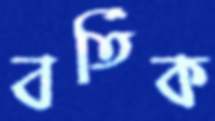
বর্তিক